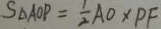
S _ { \Delta A O P } = \frac { 1 } { 2 } A O \times P F